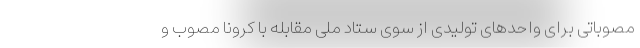
مصوباتی برای واحدهای تولیدی از سوی ستاد ملی مقابله با کرونا مصوب و